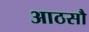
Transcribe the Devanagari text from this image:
आठसौ